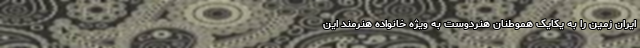
ایران زمین را به یکایک هموطنان هنردوست به ویژه خانواده هنرمند این